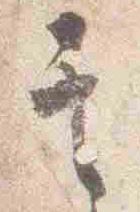
其